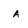
Character: A